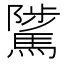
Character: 騭